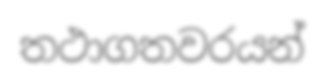
තථාගතවරයන්